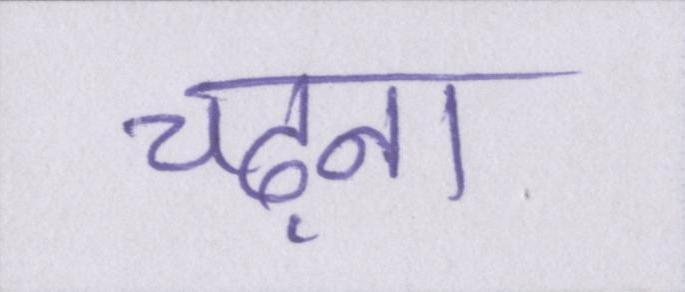
चढ़ना